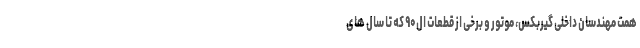
همت مهندسان داخلی گیربکس، موتور و برخی از قطعات ال۹۰ که تا سال های